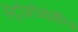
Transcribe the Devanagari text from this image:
इंट्रोक्रोमोमेरिक